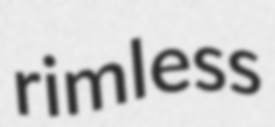
rimless